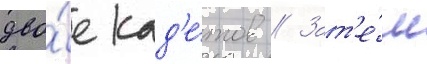
дво́е кад'е́тов // Зат'е́м